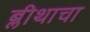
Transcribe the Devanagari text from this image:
ब्लीथाचा